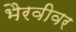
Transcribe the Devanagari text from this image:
भैरवीवर